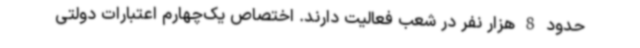
حدود 8 هزار نفر در شعب فعالیت دارند. اختصاص یک‌چهارم اعتبارات دولتی